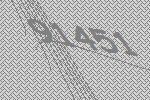
91451